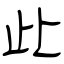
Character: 此